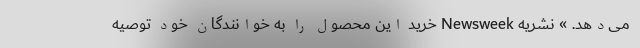
می‌دهد. » نشریه Newsweek خرید این محصول را به خوانندگان خود توصیه